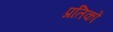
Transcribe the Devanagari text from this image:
प्रतिकों